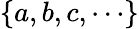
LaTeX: \{ a,b,c,\cdots\}